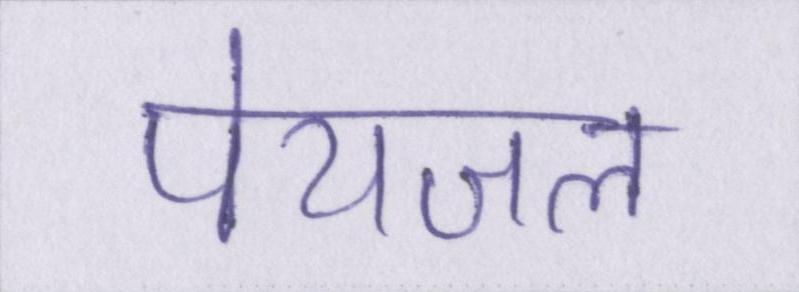
पेयजल